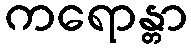
ကရောန္တာ